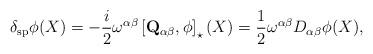
LaTeX: \begin{align*}\delta _{\mathrm{sp}}\phi (X)=-\frac{i}{2}\omega ^{\alpha \beta }\left[\mathbf{Q}_{\alpha \beta },\phi \right] _{\star }(X)=\frac{1}{2}\omega^{\alpha \beta }D_{\alpha \beta }\phi (X), \end{align*}